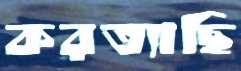
করত্যাছি